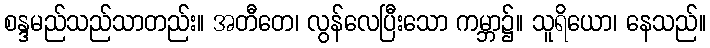
စန္ဒမည်သည်သာတည်း။ အတီတေ၊ လွန်လေပြီးသော ကမ္ဘာ၌။ သူရိယော၊ နေသည်။